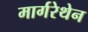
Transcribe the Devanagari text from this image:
मार्गरेथेन